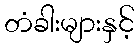
တံခါးများနှင့်